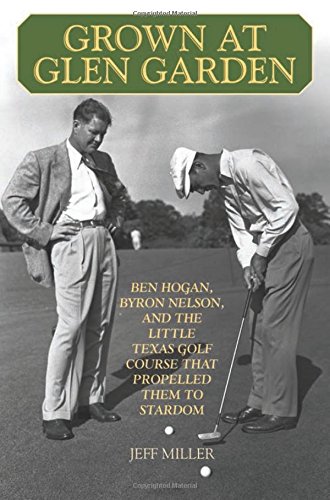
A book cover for Grown at Glen Garden: Ben Hogan, Byron Nelson, and the Little Texas Golf Course that Propelled Them to Stardom; Jeff Miller; Biographies & Memoirs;